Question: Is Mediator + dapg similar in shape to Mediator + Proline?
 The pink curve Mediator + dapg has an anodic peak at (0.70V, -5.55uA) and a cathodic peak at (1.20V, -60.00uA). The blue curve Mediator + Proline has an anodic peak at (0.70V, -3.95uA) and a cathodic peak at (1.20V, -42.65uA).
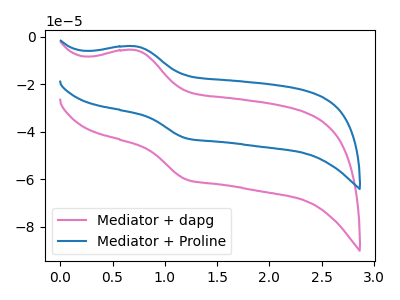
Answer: <think>All the peaks in "Mediator + dapg" have a peak in "Mediator + Proline" at the same potential.
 </think>
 <answer>"Mediator + dapg" and "Mediator + Proline" are similar in shape.</answer>
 <eval>same_shape</eval>